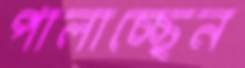
পালাচ্ছেন